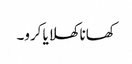
کھانا کھلایا کرو۔